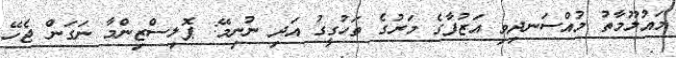
މައުލޫމާތު މުއްސަނދިވި އަޒުފާގެ މަރުގެ ތަހުގީގު އަދި ނުނިމޭ: ޕޮލިސްޒިންމާ ނަގަން ޖެހޭ